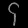
Digit: ၄